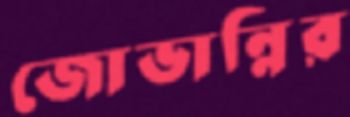
জোভান্নির